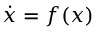
{ \dot { x } } = f ( x )